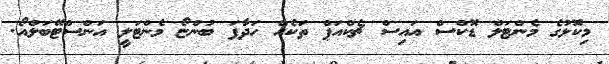
މިކޮޅުގެ މެންޓަލް ޑޮކްސް އައިސް ޗެކްއަޕް ތަކެއް ހަދާފަ ބުންޏޯ މެންޓަލީ އަންސްޓޭބަލްއޯ.